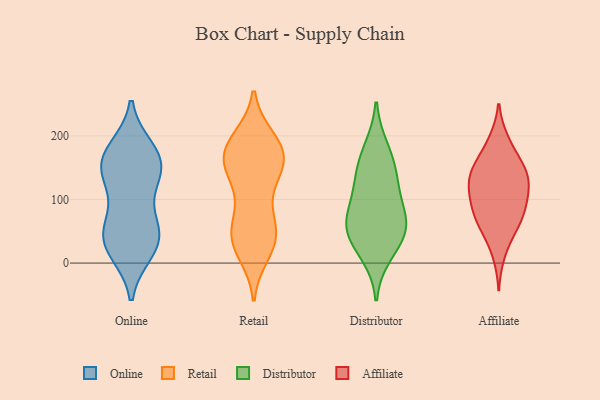
{"axis": {"x": "LTV (USD)", "y": "Value"}, "legend": ["Affiliate", "Distributor", "Online", "Retail"], "data": [{"x": "", "y": 54, "type": "Online"}, {"x": "", "y": 46, "type": "Online"}, {"x": "", "y": 179, "type": "Online"}, {"x": "", "y": 116, "type": "Online"}, {"x": "", "y": 176, "type": "Online"}, {"x": "", "y": 158, "type": "Online"}, {"x": "", "y": 132, "type": "Online"}, {"x": "", "y": 18, "type": "Online"}, {"x": "", "y": 60, "type": "Online"}, {"x": "", "y": 30, "type": "Online"}, {"x": "", "y": 49, "type": "Online"}, {"x": "", "y": 144, "type": "Online"}, {"x": "", "y": 164, "type": "Online"}, {"x": "", "y": 153, "type": "Online"}, {"x": "", "y": 18, "type": "Online"}, {"x": "", "y": 164, "type": "Retail"}, {"x": "", "y": 84, "type": "Retail"}, {"x": "", "y": 136, "type": "Retail"}, {"x": "", "y": 189, "type": "Retail"}, {"x": "", "y": 28, "type": "Retail"}, {"x": "", "y": 194, "type": "Retail"}, {"x": "", "y": 188, "type": "Retail"}, {"x": "", "y": 176, "type": "Retail"}, {"x": "", "y": 35, "type": "Retail"}, {"x": "", "y": 128, "type": "Retail"}, {"x": "", "y": 153, "type": "Retail"}, {"x": "", "y": 174, "type": "Retail"}, {"x": "", "y": 58, "type": "Retail"}, {"x": "", "y": 56, "type": "Retail"}, {"x": "", "y": 157, "type": "Retail"}, {"x": "", "y": 159, "type": "Retail"}, {"x": "", "y": 51, "type": "Retail"}, {"x": "", "y": 17, "type": "Retail"}, {"x": "", "y": 32, "type": "Retail"}, {"x": "", "y": 44, "type": "Distributor"}, {"x": "", "y": 14, "type": "Distributor"}, {"x": "", "y": 132, "type": "Distributor"}, {"x": "", "y": 156, "type": "Distributor"}, {"x": "", "y": 45, "type": "Distributor"}, {"x": "", "y": 117, "type": "Distributor"}, {"x": "", "y": 180, "type": "Distributor"}, {"x": "", "y": 57, "type": "Distributor"}, {"x": "", "y": 78, "type": "Distributor"}, {"x": "", "y": 73, "type": "Distributor"}, {"x": "", "y": 146, "type": "Affiliate"}, {"x": "", "y": 64, "type": "Affiliate"}, {"x": "", "y": 139, "type": "Affiliate"}, {"x": "", "y": 190, "type": "Affiliate"}, {"x": "", "y": 61, "type": "Affiliate"}, {"x": "", "y": 85, "type": "Affiliate"}, {"x": "", "y": 135, "type": "Affiliate"}, {"x": "", "y": 111, "type": "Affiliate"}, {"x": "", "y": 99, "type": "Affiliate"}, {"x": "", "y": 103, "type": "Affiliate"}, {"x": "", "y": 155, "type": "Affiliate"}, {"x": "", "y": 13, "type": "Affiliate"}, {"x": "", "y": 145, "type": "Affiliate"}, {"x": "", "y": 115, "type": "Affiliate"}, {"x": "", "y": 123, "type": "Affiliate"}, {"x": "", "y": 81, "type": "Affiliate"}, {"x": "", "y": 194, "type": "Affiliate"}, {"x": "", "y": 44, "type": "Affiliate"}, {"x": "", "y": 66, "type": "Affiliate"}, {"x": "", "y": 158, "type": "Affiliate"}]}